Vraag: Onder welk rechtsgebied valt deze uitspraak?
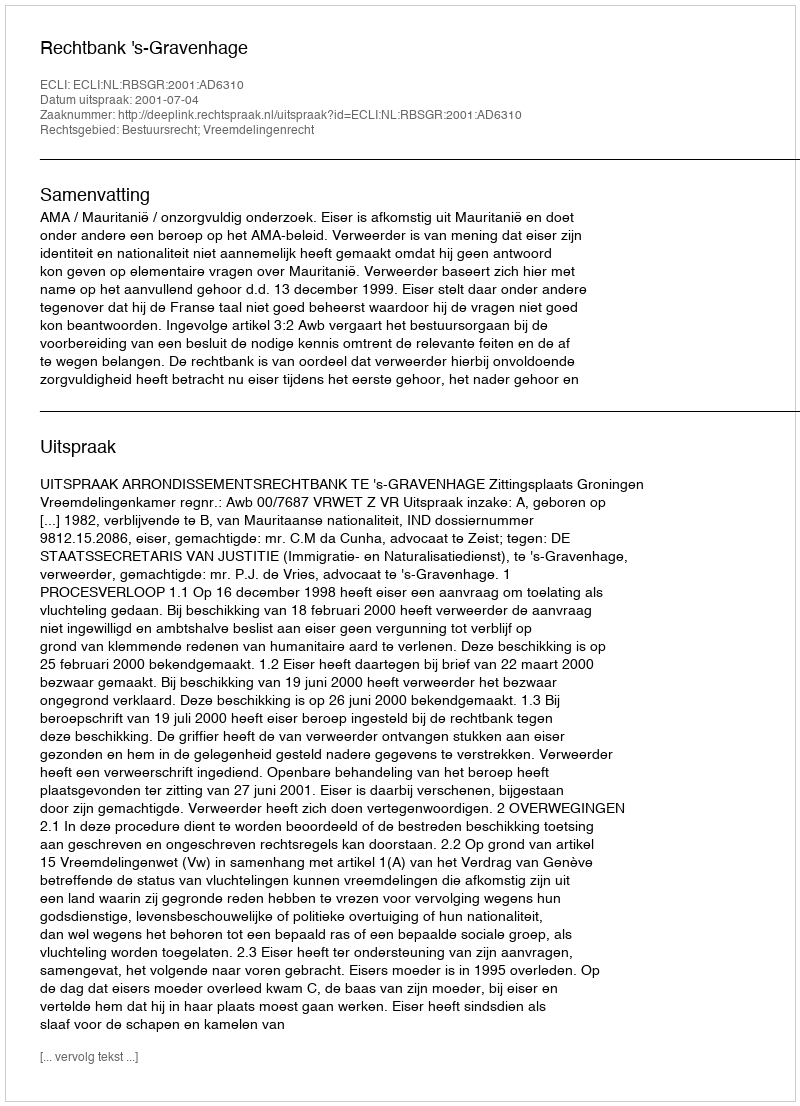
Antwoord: Bestuursrecht; Vreemdelingenrecht